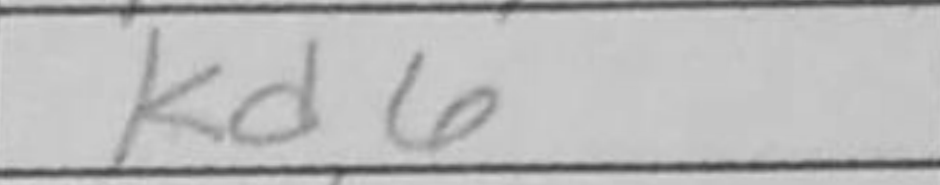
Transcription: Kd6